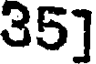
35]